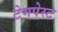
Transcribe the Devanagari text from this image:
टेमपेस्ट